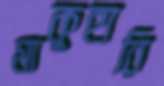
মাকুহারি